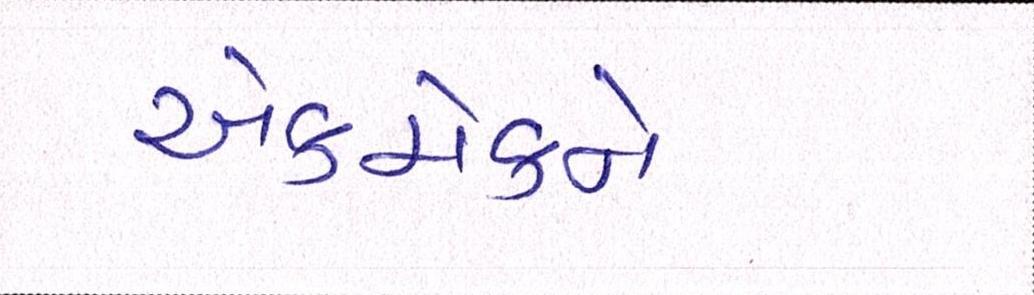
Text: એકમેકને